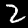
Label: 2